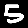
Digit: 5